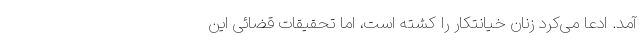
آمد. ادعا می‌کرد زنان خیانتکار را کشته است، اما تحقیقات قضائی این